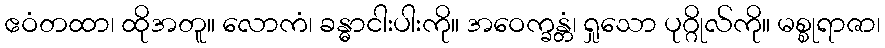
ဧဝံတထာ၊ ထိုအတူ။ လောကံ၊ ခန္ဓာငါးပါးကို။ အဝေက္ခန္တံ၊ ရှုသော ပုဂ္ဂိုလ်ကို။ မစ္စုရာဇာ၊